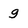
Character: g